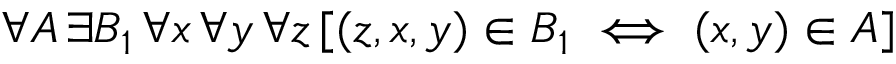
\, \forall A \, \exists B _ { 1 } \, \forall x \, \forall y \, \forall z \, [ ( z , x , y ) \in B _ { 1 } \iff ( x , y ) \in A ]